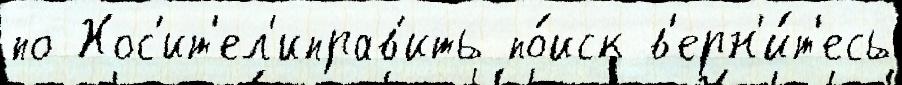
по Нос'ит'ел'иправ'ить по́иск в'ерн'и́т'есь